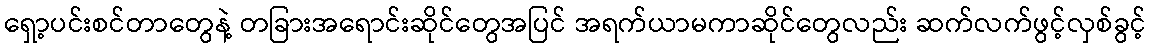
ရှော့ပင်းစင်တာတွေနဲ့ တခြားအရောင်းဆိုင်တွေအပြင် အရက်ယာမကာဆိုင်တွေလည်း ဆက်လက်ဖွင့်လှစ်ခွင့်